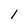
Character: l